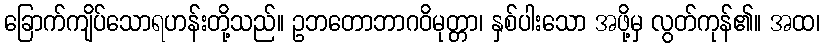
ခြောက်ကျိပ်သောရဟန်းတို့သည်။ ဥဘတောဘာဂဝိမုတ္တာ၊ နှစ်ပါးသော အဖို့မှ လွတ်ကုန်၏။ အထ၊